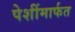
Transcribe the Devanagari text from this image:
पेशींमार्फत